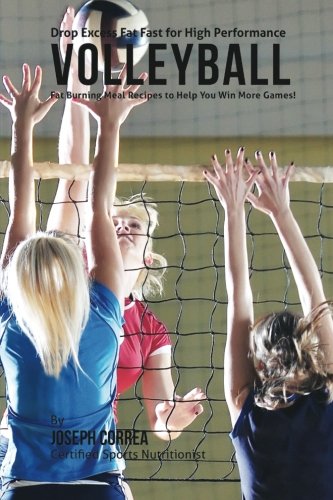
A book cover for Drop Excess Fat Fast for High Performance Volleyball: Fat Burning Meal Recipes to Help You Win More Games!; Joseph Correa (Certified Sports Nutritionist); Sports & Outdoors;